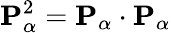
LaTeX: {\mathbf{P}}_{\alpha}^{2}={\mathbf{P}}_{\alpha}\cdot{\mathbf{P}}_{\alpha}